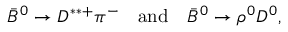
\bar { B } ^ { 0 } \to D ^ { \ast \ast + } \pi ^ { - } \quad \mathrm { a n d } \quad \bar { B } ^ { 0 } \to \rho ^ { 0 } D ^ { 0 } ,